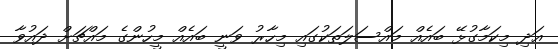
އަދި މިކަމާގުޅޭ ބައެއް މައްސަލަތަކުގައި މިހާރު ވަނީ ބައެއް މީހުންގެ މައްޗަށް ދައުވާ